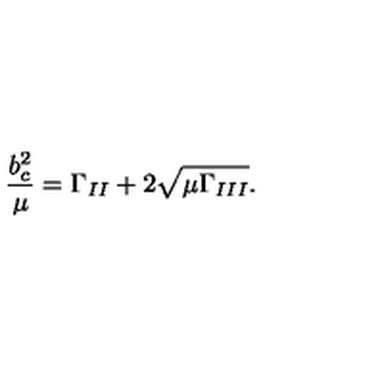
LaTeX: \frac { b _ { c } ^ { 2 } } { \mu } = \Gamma _ { I I } + 2 \sqrt { \mu \Gamma _ { I I I } } .